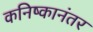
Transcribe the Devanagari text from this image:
कनिष्कानंतर